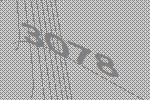
3078